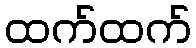
ထက်ထက်